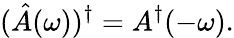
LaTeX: (\hat{A}(\omega))^{\dagger}=A^{\dagger}(-\omega).